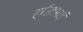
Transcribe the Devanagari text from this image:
हरीशभाई